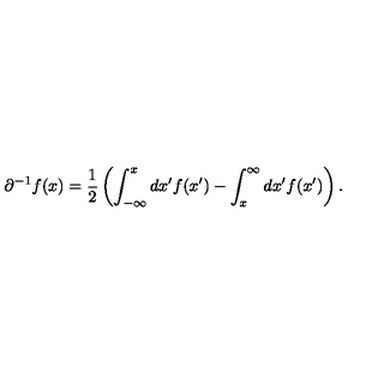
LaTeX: \partial ^ { - 1 } f ( x ) = \frac { 1 } { 2 } \left( \int _ { - \infty } ^ { x } d x ^ { \prime } f ( x ^ { \prime } ) - \int _ { x } ^ { \infty } d x ^ { \prime } f ( x ^ { \prime } ) \right) .